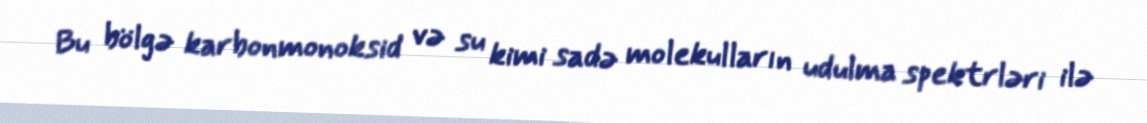
Bu bölgə karbonmonoksid və su kimi sadə molekulların udulma spektrləri ilə